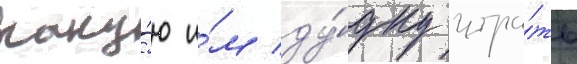
каку́ю и́м ду́дку игра́ть